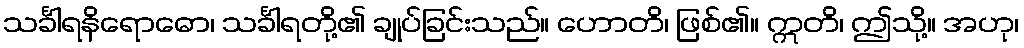
သင်္ခါရနိရောဓော၊ သင်္ခါရတို့၏ ချုပ်ခြင်းသည်။ ဟောတိ၊ ဖြစ်၏။ ဣတိ၊ ဤသို့။ အဟု၊